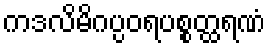
ကဒလိမိဂပ္ပဝရပစ္စတ္ထရဏံ